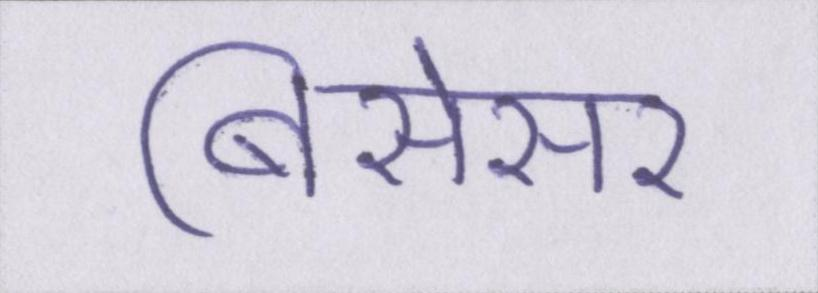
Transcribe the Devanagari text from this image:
बिसेसर